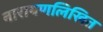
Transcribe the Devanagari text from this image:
नारायणलिखित